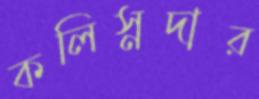
কলিস্নদার